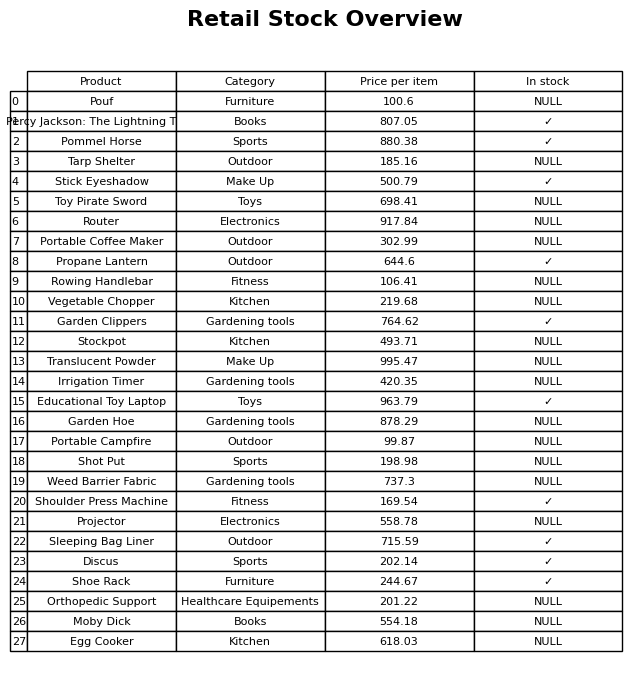
question: What is the price for Rowing Handlebar?
answer: The price of Rowing Handlebar is 106.41.